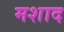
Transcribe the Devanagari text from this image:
मशाद